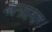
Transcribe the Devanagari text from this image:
बलाहक।